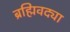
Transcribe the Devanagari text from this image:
ब्रह्मिवद्या